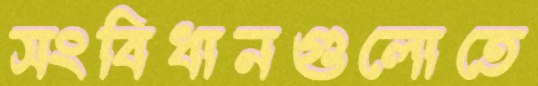
সংবিধানগুলোতে